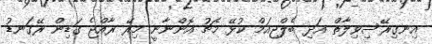
އިނގިރޭސިވިލާތް އަދި ބެލްޖިއަމް ކުޅޭ މެޗު އޮންނާނީ މިރޭ ރާއްޖެ ގަޑިން ރޭގަނޑު